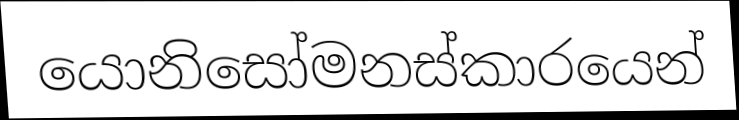
යොනිසෝමනස්කාරයෙන්